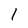
Character: I